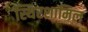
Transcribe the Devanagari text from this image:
स्थिरशामिल